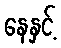
နေနှင့်